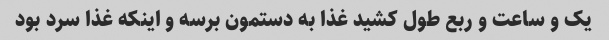
یک و ساعت و ربع طول کشید غذا به دستمون برسه و اینکه غذا سرد بود